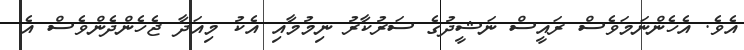
އެވެ. އެހެންނަމަވެސް ރައީސް ނަޝީދުގެ ސަރުކާރު ނިމުމާއި އެކު މިއަދާ ޖެހެންދެންވެސް އެ